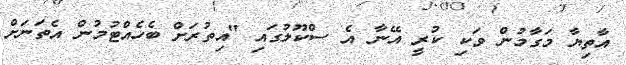
އާތިޔާ މަގާމުން ވަކި ކުރީ އޭނާ އެ ސްކޫލުގައި "އިތުރަށް ބެހެއްޓުމުން އެތަނަށް